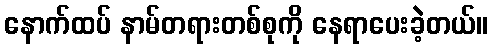
နောက်ထပ် နာမ်တရားတစ်စုကို နေရာပေးခဲ့တယ်။